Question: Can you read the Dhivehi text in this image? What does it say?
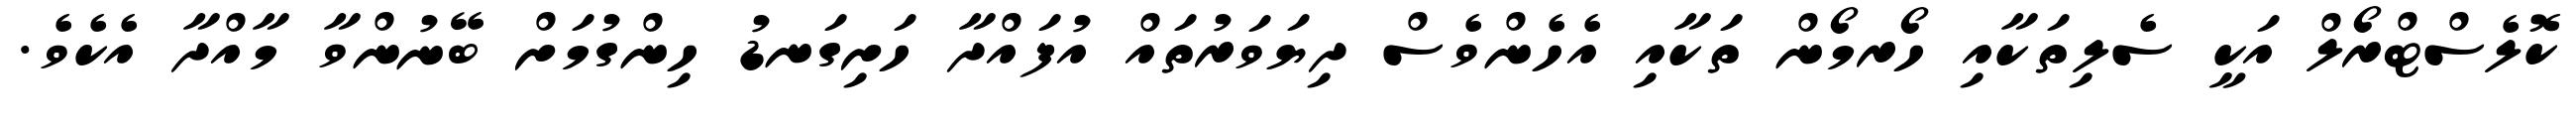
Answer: ކޮލެސްޓްރޯލް އަކީ ސެލިތަކާއި ހޯރމޯން ތަކާއި އެހެންވެސް ދިޔަވަރުތައް އުފައްދާ ހަށިގަނޑު ހިންގުމަށް ބޭނުންވާ މާއްދާ އެކެވެ.